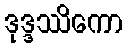
ဒုဒ္ဒဿိကော